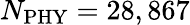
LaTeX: N_{\mathrm{PHY}}=28,867